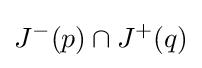
J^{-}(p)\cap J^{+}(q)